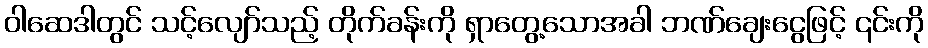
ဝါဆေဒါတွင် သင့်လျော်သည့် တိုက်ခန်းကို ရှာတွေ့သောအခါ ဘဏ်ချေးငွေဖြင့် ၎င်းကို